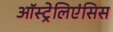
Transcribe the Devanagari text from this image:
ऑस्ट्रेलिएंसिस